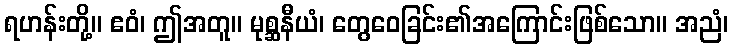
ရဟန်းတို့။ ဧဝံ၊ ဤအတူ။ မုစ္ဆနီယံ၊ တွေဝေခြင်း၏အကြောင်းဖြစ်သော။ အညံ၊